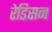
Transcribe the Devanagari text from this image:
रेडिसन